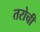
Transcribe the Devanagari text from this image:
तरोची